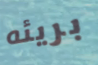
بريئه